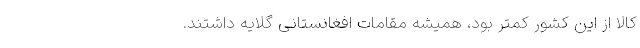
کالا از این کشور کمتر بود، همیشه مقامات افغانستانی گلایه داشتند.